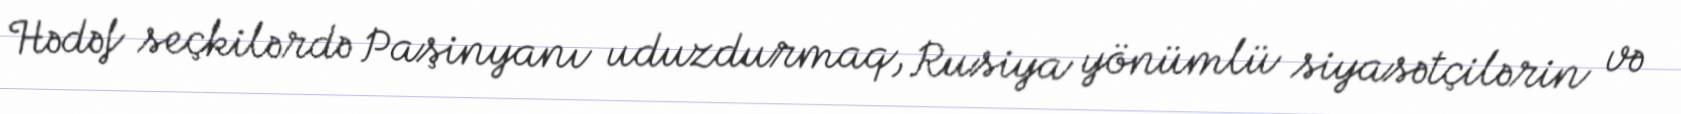
Hədəf seçkilərdə Paşinyanı uduzdurmaq, Rusiya yönümlü siyasətçilərin və